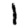
Digit: 1